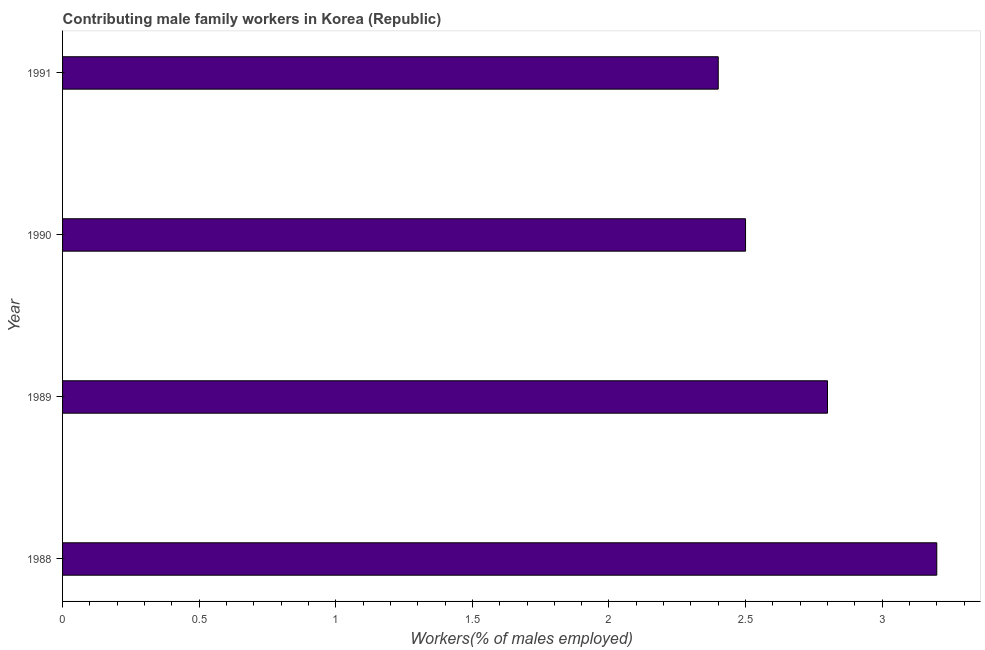
| Year | Contributing family workers |
 | --- | --- |
 | 1988 | 3.2 |
 | 1989 | 2.8 |
 | 1990 | 2.5 |
 | 1991 | 2.4 |